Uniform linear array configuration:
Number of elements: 12
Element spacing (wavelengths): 0.5
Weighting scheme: blackman
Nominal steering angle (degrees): -30
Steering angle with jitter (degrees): -28.031
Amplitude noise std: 0.05
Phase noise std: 0.05

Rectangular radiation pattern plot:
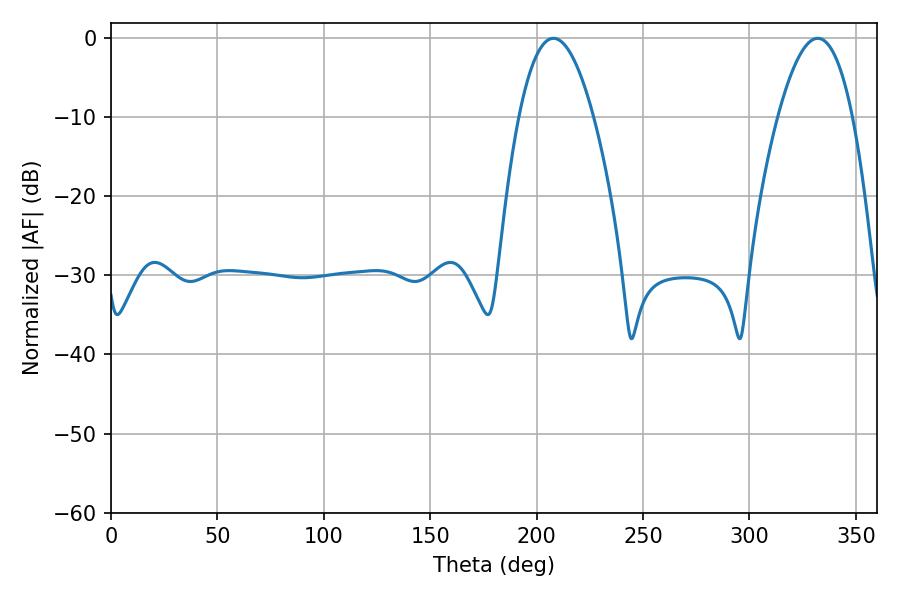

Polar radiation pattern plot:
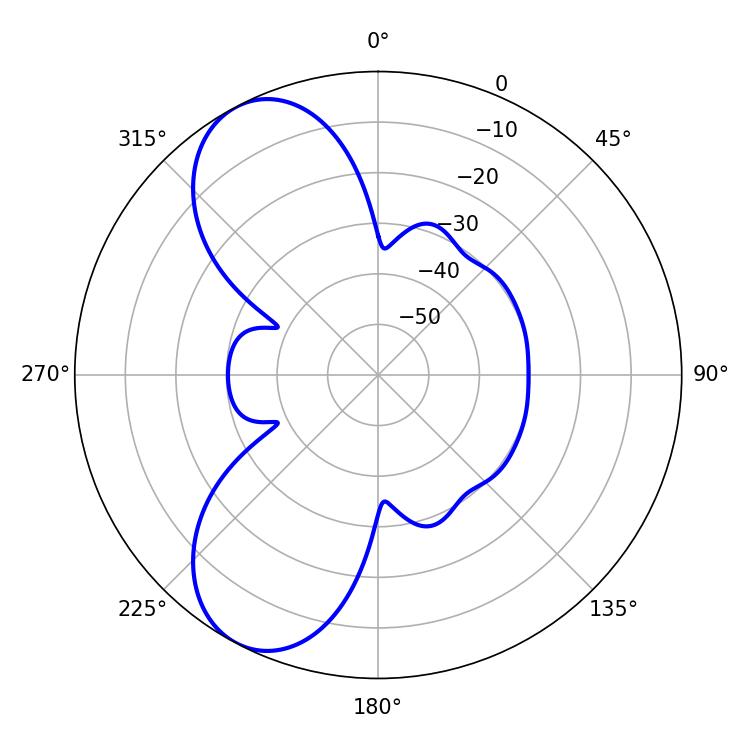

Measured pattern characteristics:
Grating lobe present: FALSE
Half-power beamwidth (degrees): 19.26
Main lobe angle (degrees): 207.9